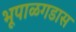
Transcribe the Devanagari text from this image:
भूपाळगडास